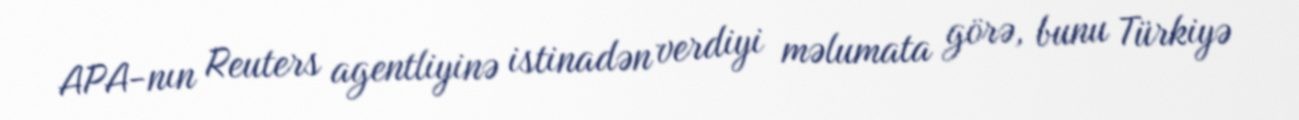
APA-nın Reuters agentliyinə istinadən verdiyi məlumata görə, bunu Türkiyə